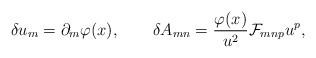
\begin{align*}\delta u_m=\partial_m\varphi(x), \qquad\delta A_{mn}={{\varphi(x)}\over{u^2}}{\cal F}_{mnp}u^p,\end{align*}